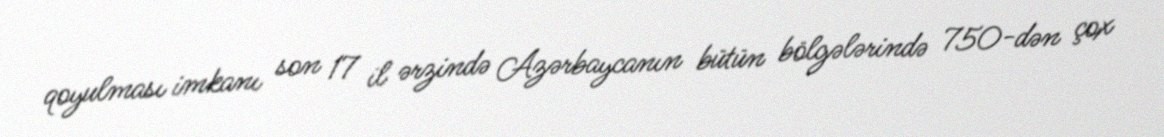
qoyulması imkanı son 17 il ərzində Azərbaycanın bütün bölgələrində 750-dən çox